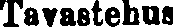
Tavastehus